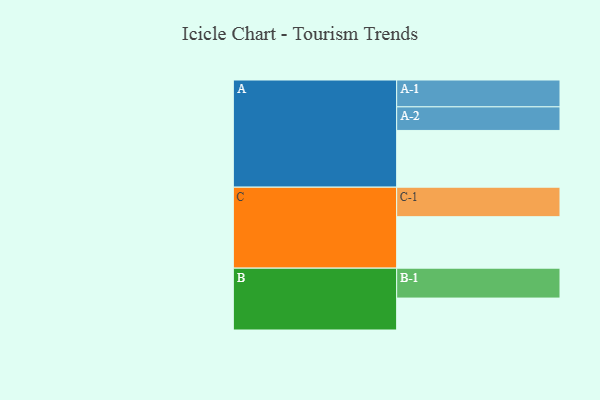
{"axis": {"x": "Segment", "y": "Value"}, "legend": ["", "A", "B", "C"], "data": [{"x": "A", "y": 558, "type": ""}, {"x": "B", "y": 314, "type": ""}, {"x": "C", "y": 506, "type": ""}, {"x": "A-1", "y": 264, "type": "A"}, {"x": "A-2", "y": 232, "type": "A"}, {"x": "B-1", "y": 294, "type": "B"}, {"x": "C-1", "y": 290, "type": "C"}]}